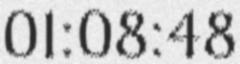
01:08:48